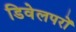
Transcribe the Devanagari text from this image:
डिवेलपरों